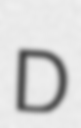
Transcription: D